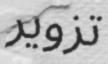
تزوير